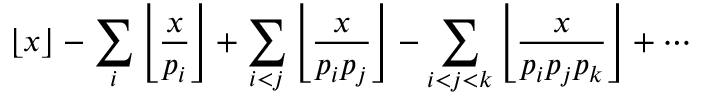
\lfloor x \rfloor - \sum _ { i } \left\lfloor { \frac { x } { p _ { i } } } \right\rfloor + \sum _ { i < j } \left\lfloor { \frac { x } { p _ { i } p _ { j } } } \right\rfloor - \sum _ { i < j < k } \left\lfloor { \frac { x } { p _ { i } p _ { j } p _ { k } } } \right\rfloor + \cdots